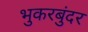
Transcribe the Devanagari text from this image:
भुकरबुंदर